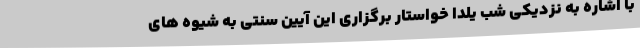
با اشاره به نزدیکی شب یلدا خواستار برگزاری این آیین سنتی به شیوه های